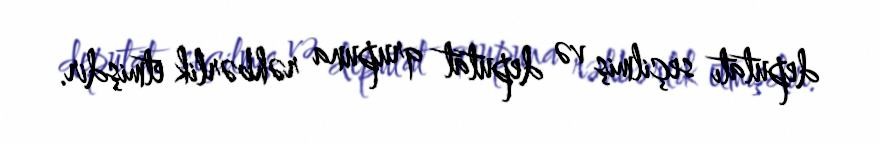
deputatı seçilmiş və deputat qrupuna rəhbərlik etmişdir.